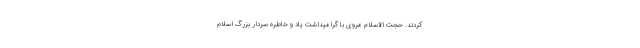
‌کردند. حجت الاسلام مروی با گرامیداشت یاد و خاطره سردار بزرگ اسلام